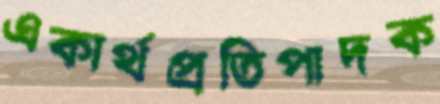
একার্থপ্রতিপাদক